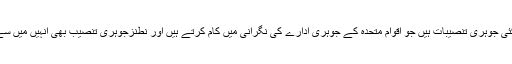
ایران میں کئی جوہری تنصیبات ہیں جو اقوام متحدہ کے جوہری ادارے کی نگرانی میں کام کرتے ہیں اور نطنزجوہری تنصیب بھی انہیں میں سے ایک ہے۔